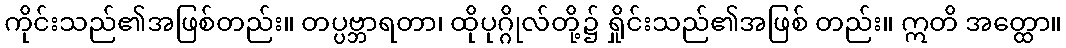
ကိုင်းသည်၏အဖြစ်တည်း။ တပ္ပဗ္ဘာရတာ၊ ထိုပုဂ္ဂိုလ်တို့၌ ရှိုင်းသည်၏အဖြစ် တည်း။ ဣတိ အတ္ထော။